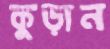
কুড়ান